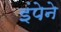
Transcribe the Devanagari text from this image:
इंपेने